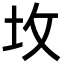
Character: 坆